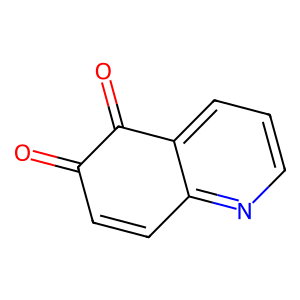
SMILES: O=C1C=Cc2ncccc2C1=O
Inhibits HIV replication: No